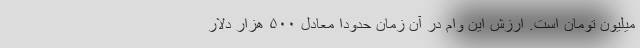
میلیون تومان است. ارزش این وام در آن زمان حدوداً معادل ۵۰۰ هزار دلار